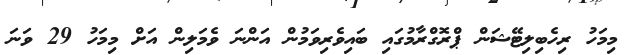
މިމަހު ރިހެބިލިޓޭޝަން ޕްރޮގްރާމުގައި ބައިވެރިވަމުން އަންނަ ވެމަލިން އަށް މިމަހު 29 ވަނަ